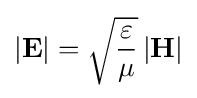
\left|\mathbf {E} \right|={\sqrt {\varepsilon  \over \mu }}\left|\mathbf {H} \right|\,\!